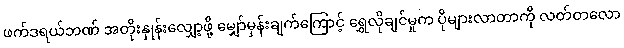
ဖက်ဒရယ်ဘဏ် အတိုးနှုန်းလျှော့ဖို့ မျှော်မှန်းချက်ကြောင့် ရွှေလိုချင်မှုက ပိုများလာတာကို လတ်တလော